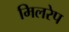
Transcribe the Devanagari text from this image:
मिलरेप